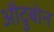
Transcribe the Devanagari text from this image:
औदुबोन